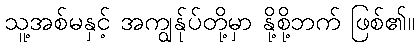
သူ့အစ်မနှင့် အကျွန်ုပ်တို့မှာ နို့စို့ဘက် ဖြစ်၏။